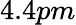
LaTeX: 4.4pm